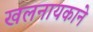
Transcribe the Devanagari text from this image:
खलनायकाने